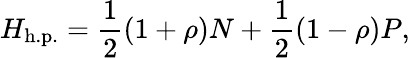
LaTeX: H_{\mathrm{h.p.}}={\frac{1}{2}}(1+\rho)N+{\frac{1}{2}}(1-\rho)P,